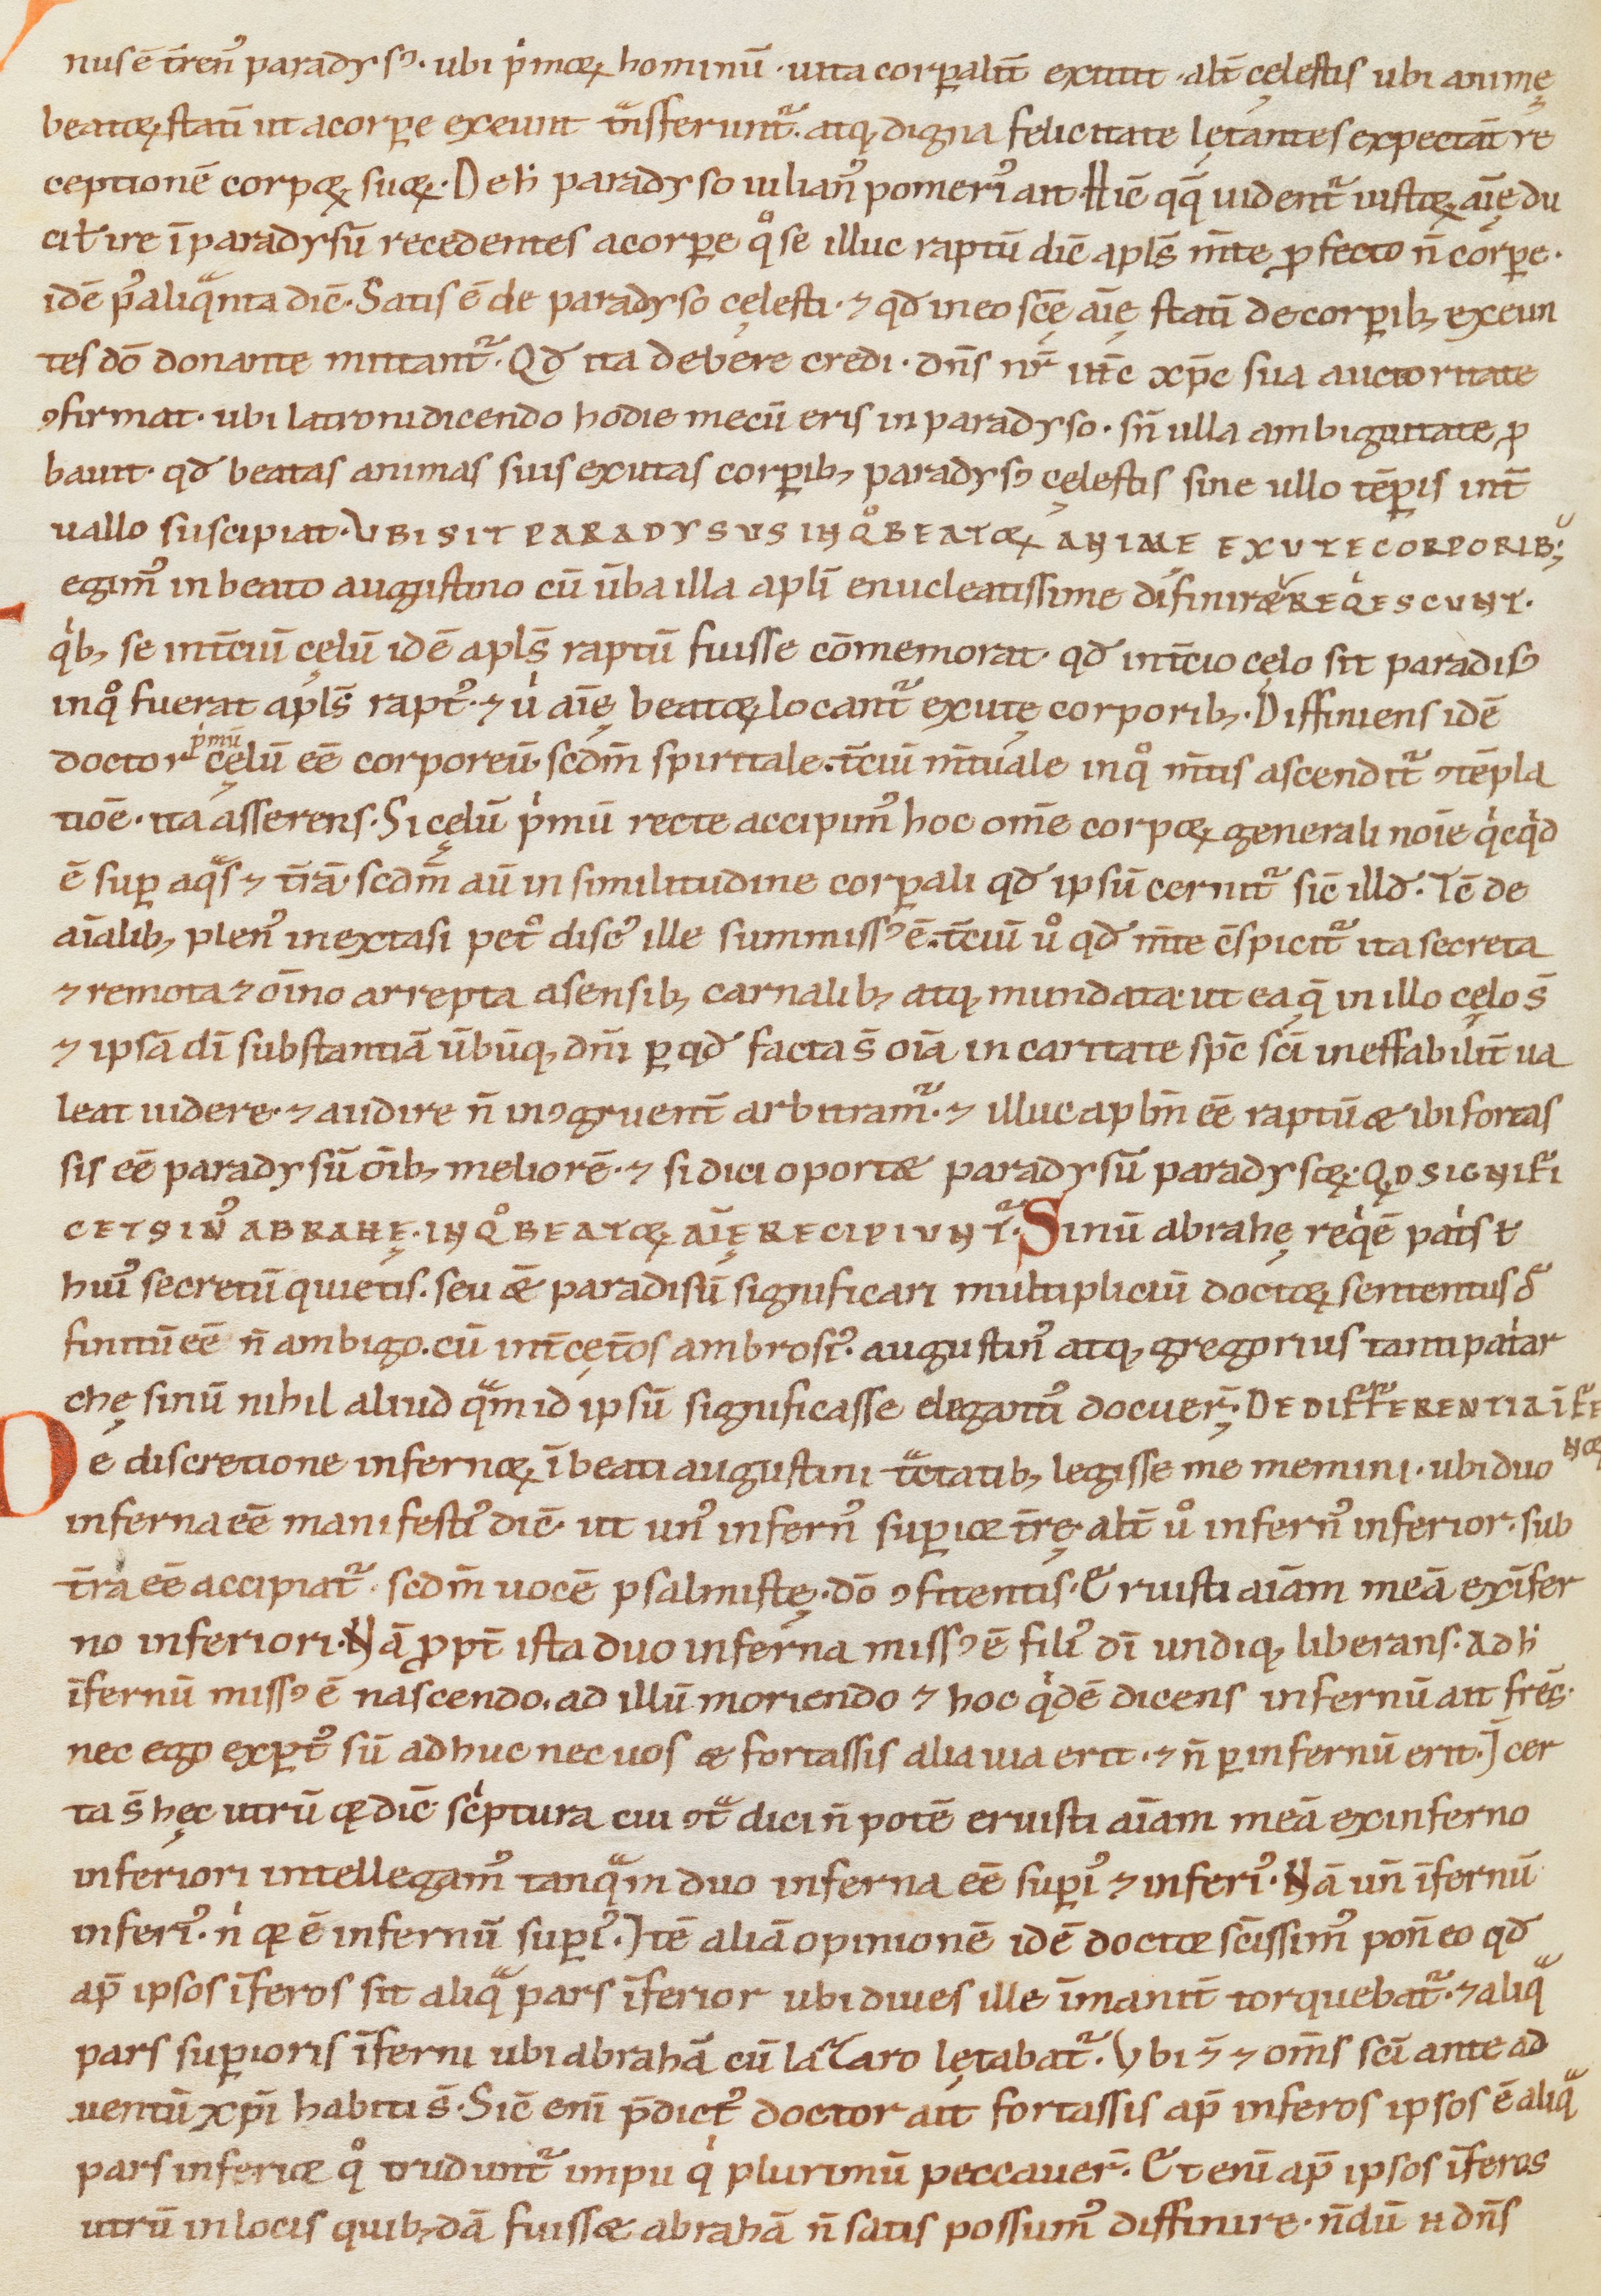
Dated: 1100–1199